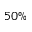
5 0 \%